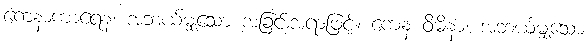
ကေနာကာရေန၊ အဘယ်မျှသော အခြင်းအရာဖြင့်။ ကေန ဝိဓိနာ၊ အဘယ်မျှသော